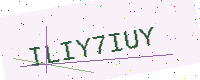
Text: ILIY7IUY